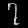
Digit: ၇